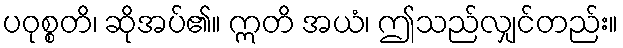
ပဝုစ္စတိ၊ ဆိုအပ်၏။ ဣတိ အယံ၊ ဤသည်လျှင်တည်း။